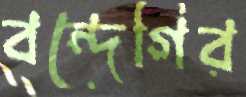
বন্দেগির